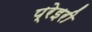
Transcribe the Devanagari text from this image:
प्रेइरी